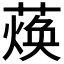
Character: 𮑴